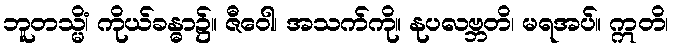
ဘူတသ္မိံ၊ ကိုယ်ခန္ဓာ၌။ ဇီဝေါ၊ အသက်ကို။ နုပလဗ္ဘတိ၊ မရအပ်။ ဣတိ၊